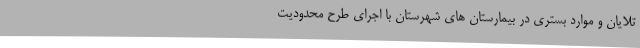
تلایان و موارد بستری در بیمارستان های شهرستان با اجرای طرح محدودیت